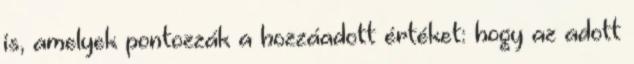
is, amelyek pontozzák a hozzáadott értéket: hogy az adott